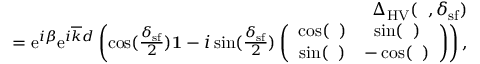
\begin{array} { r l r } & { } & { { \Delta } _ { \mathrm { H V } } ( { \it \Delta \phi } , \delta _ { \mathrm { s f } } ) } \\ & { } & { = \mathrm { e } ^ { i \beta } \mathrm { e } ^ { i \overline { { k } } d } \left( \cos ( \frac { \delta _ { \mathrm { s f } } } { 2 } ) { \bf 1 } - i \sin ( \frac { \delta _ { \mathrm { s f } } } { 2 } ) \left( \begin{array} { c c } { \cos ( { \it \Delta \phi } ) } & { \sin ( { \it \Delta \phi } ) } \\ { \sin ( { \it \Delta \phi } ) } & { - \cos ( { \it \Delta \phi } ) } \end{array} \right) \right) , } \end{array}